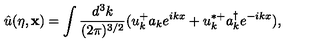
{ \hat { u } } ( \eta , { \bf x } ) = \int \frac { d ^ { 3 } k } { ( 2 \pi ) ^ { 3 / 2 } } ( u _ { k } ^ { + } a _ { k } e ^ { i k x } + u _ { k } ^ { * + } a _ { k } ^ { \dagger } e ^ { - i k x } ) ,